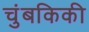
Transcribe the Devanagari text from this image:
चुंबकिकी